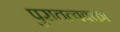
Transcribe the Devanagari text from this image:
पुरातत्ववक्ता